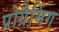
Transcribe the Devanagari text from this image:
प्रोग्रैमिंग